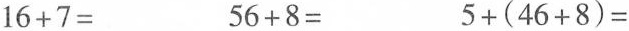
$$1 6 + 7 =$$ $$5 6 + 8 =$$ $$5 + ( 46 + 8 ) =$$